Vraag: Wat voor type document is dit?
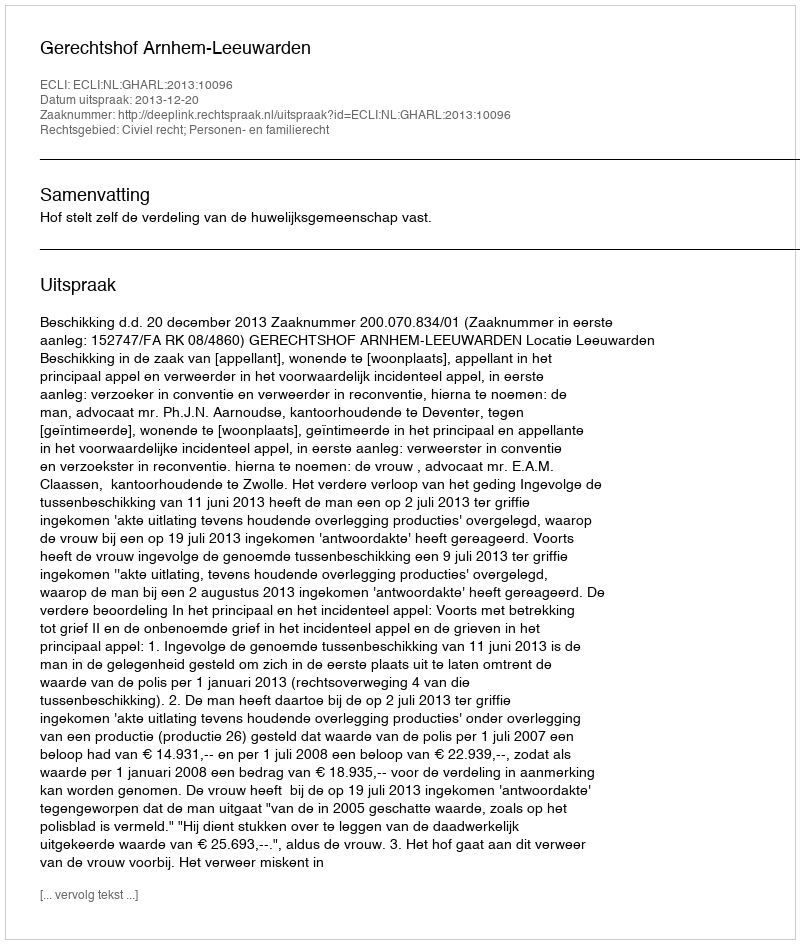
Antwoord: Uitspraak